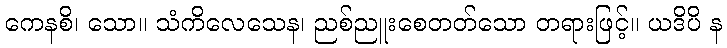
ကေနစိ၊ သော။ သံကိလေသေန၊ ညစ်ညူးစေတတ်သော တရားဖြင့်။ ယဒိပိ န